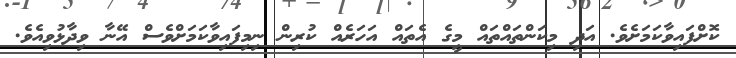
ކޮށްފައިވާކަމަށެވެ. އަދި މިކަންތައްތައް މީގެ އެތައް އަހަރެއް ކުރިން ނިމިފައިވާކަމަށްވެސް އޭނާ ވިދާޅުވިއެވެ.